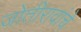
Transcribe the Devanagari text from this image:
जोतीरावांचे